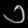
Digit: ၁